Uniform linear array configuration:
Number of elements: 24
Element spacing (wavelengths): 0.25
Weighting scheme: cosine
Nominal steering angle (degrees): -45
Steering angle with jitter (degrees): -46.527
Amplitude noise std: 0.05
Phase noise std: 0.05

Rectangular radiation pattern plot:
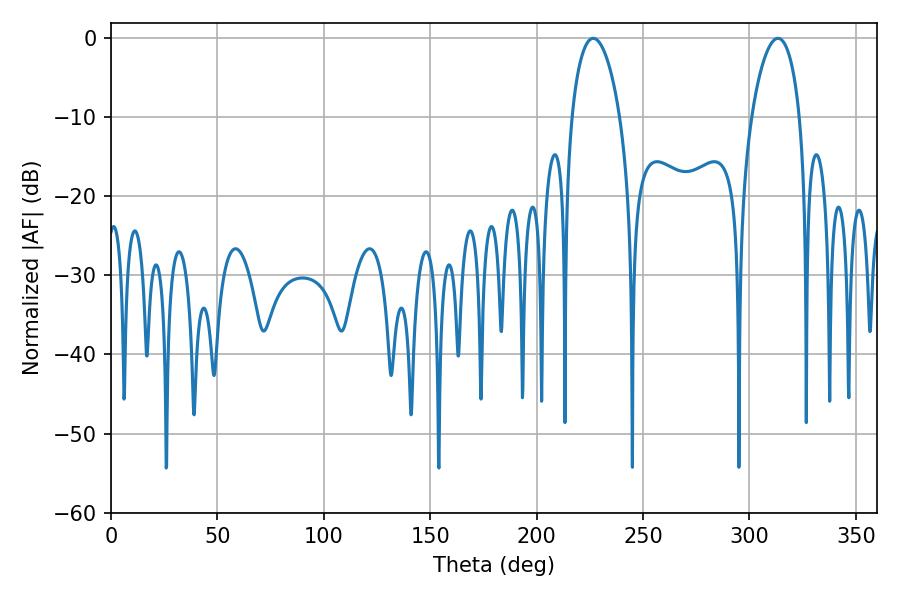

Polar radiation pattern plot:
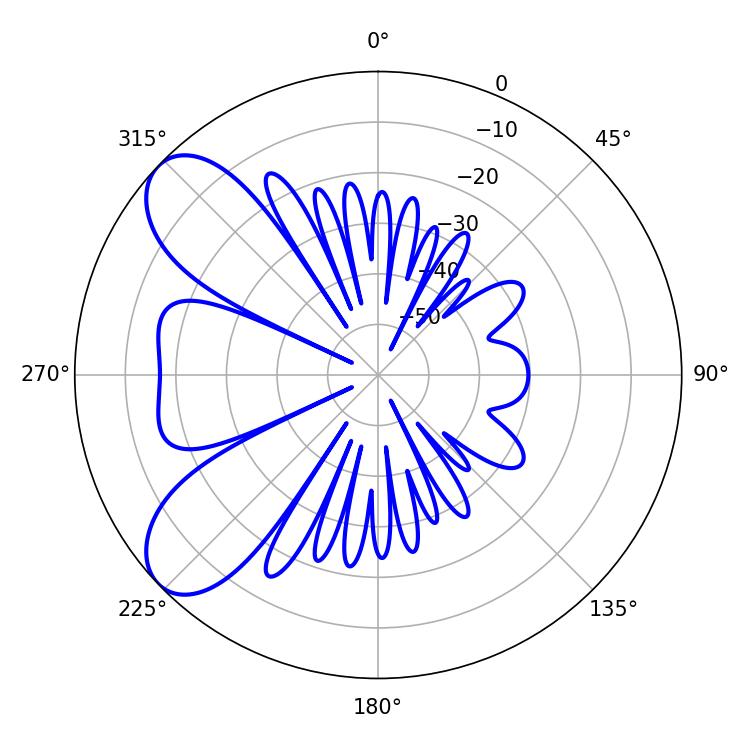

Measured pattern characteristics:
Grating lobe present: FALSE
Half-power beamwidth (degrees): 12.96
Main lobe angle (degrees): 226.62